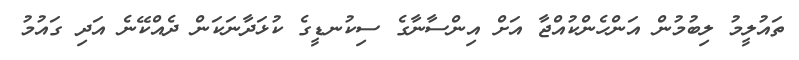
ތައުލީމު ލިބުމުން އަންހެންކުއްޖާ އަށް އިންސާނާގެ ސިކުނޑީގެ ކުޅަދާނަކަން ދެއްކޭނެ އަދި ގައުމު